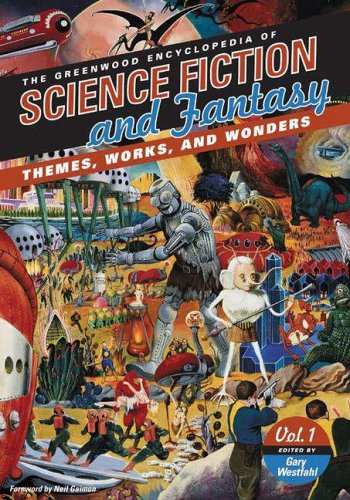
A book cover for The Greenwood Encyclopedia of Science Fiction and Fantasy: Themes, Works, and Wonders (3 Volume Set); Gary Westfahl; Reference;